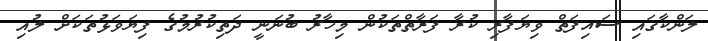
ލަންކާގައި ސައިފަތް ވިޔަފާރި ކުރާ ފަރާތްތަކުން މިހާރު ބުނަނީ ދަތިކުރުމުގެ ފިޔަވަޅުތަކަށް ލުއި